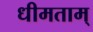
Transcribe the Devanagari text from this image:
धीमताम्‌